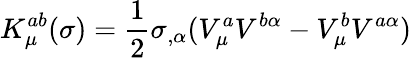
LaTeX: K_{\mu}^{ab}(\sigma)=\frac{1}{2}\sigma_{,\alpha}(V_{\mu}^{a}V^{b\alpha}-V_{\mu}^{b}V^{a\alpha})